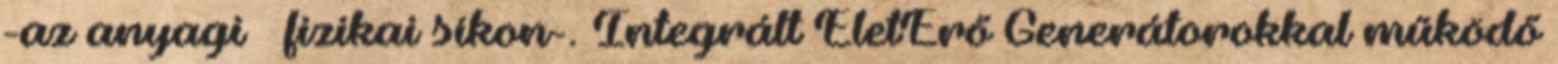
-az anyagi fizikai síkon-. Integrált ÉletErő Generátorokkal működő